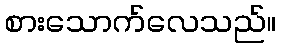
စားသောက်လေသည်။